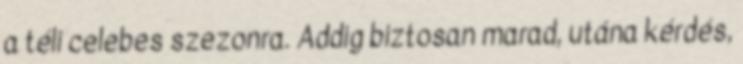
a téli celebes szezonra. Addig biztosan marad, utána kérdés,